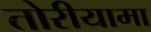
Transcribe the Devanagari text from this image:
तोरीयामा